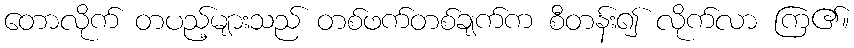
တောလိုက် တပည့်များသည် တစ်ဖက်တစ်ချက်က စီတန်း၍ လိုက်လာ ကြ၏။